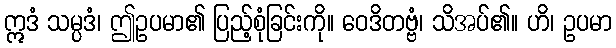
ဣဒံ သမ္ပဒံ၊ ဤဥပမာ၏ ပြည့်စုံခြင်းကို။ ဝေဒိတဗ္ဗံ၊ သိအပ်၏။ ဟိ၊ ဥပမာ